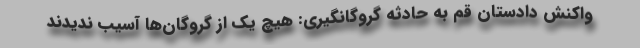
واکنش دادستان قم به حادثه گروگانگیری: هیچ یک از گروگان‌ها آسیب ندیدند